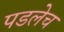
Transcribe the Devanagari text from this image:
पडलेच